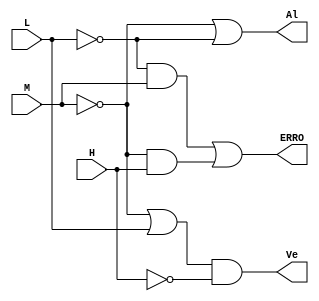
// Declaracao do modulo
module NivelErro (H, M, L, Ve, Al, ERRO);

	// Declaracao de portas
	input H, M, L;
	output Ve, Al, ERRO;
	
	// Declaracao dos fios intermediarios
	wire Wire_nh, Wire_nm, Wire_nl, wire_nE1, wire_nE2, Wire_V;
	
	// Funcionamento do circuito
	
	// Fios com negaes das entradas
	not Not_H1 (Wire_nh, H);
	not Not_M1 (Wire_nm, M);
	not Not_L1 (Wire_nl, L);
	
	// Tratamento de Erro
	and err1 (wire_nE1, Wire_nl, M);
	and err2 (wire_nE2, Wire_nm, H);
	or err3 (ERRO, wire_nE1, wire_nE2);
	
	// Tratamento da Abertura da entrada da Caixa d'gua
	or ve1 (Wire_V, Wire_nm, L);
	and ve2 (Ve, Wire_V, Wire_nh);
	
	// Tratamento do Alarme
	or al (Al, Wire_nm, Wire_nl);
	
endmodule